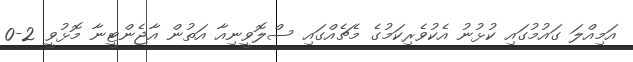
އަމިއްލަ ގައުމުގައި ކުޅުނު އެކުވެރިކަމުގެ މެޗެއްގައި ސްލޮވީނިއާ އަތުން އާޖެންޓީނާ މޮޅުވީ 2-0